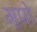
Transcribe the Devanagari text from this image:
गृपो